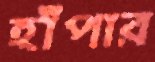
হাঁপার